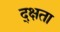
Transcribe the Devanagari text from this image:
द्क्षता